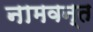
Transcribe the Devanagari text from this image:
नामवन्त